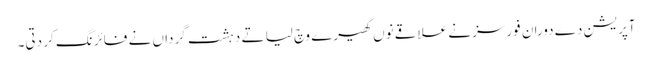
آپریشن دے دوران فورسز نے علاقے نوں گھیرے وچ لیا تے دہشت گرداں نے فائرنگ کر دتی۔